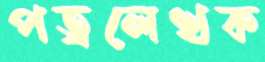
পত্রলেখক